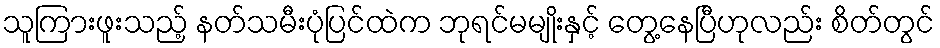
သူကြားဖူးသည့် နတ်သမီးပုံပြင်ထဲက ဘုရင်မမျိုးနှင့် တွေ့နေပြီဟုလည်း စိတ်တွင်